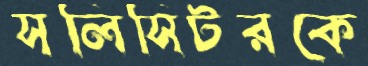
সলিসিটরকে